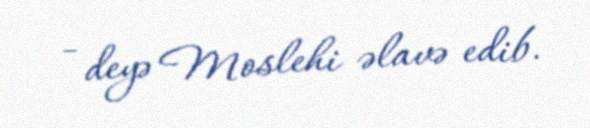
- deyə Moslehi əlavə edib.